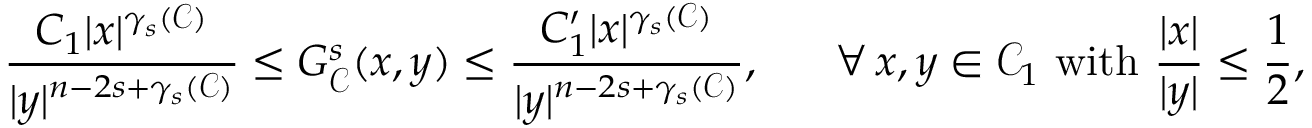
\frac { C _ { 1 } | x | ^ { \gamma _ { s } ( \mathcal C ) } } { | y | ^ { n - 2 s + \gamma _ { s } ( \mathcal C ) } } \leq G _ { \mathcal { C } } ^ { s } ( x , y ) \leq \frac { C _ { 1 } ^ { \prime } | x | ^ { \gamma _ { s } ( \mathcal C ) } } { | y | ^ { n - 2 s + \gamma _ { s } ( \mathcal C ) } } , \ \quad \ \forall \, x , y \in \mathcal C _ { 1 } \, \, \mathrm { w i t h } \, \, \frac { | x | } { | y | } \leq \frac { 1 } { 2 } ,